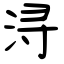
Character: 浔